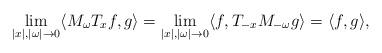
LaTeX: \begin{align*}\lim_{|x|,|\omega| \to 0} \langle M_\omega T_x f, g \rangle = \lim_{|x|,|\omega| \to 0} \langle f, T_{-x} M_{-\omega} g \rangle = \langle f, g \rangle,\end{align*}